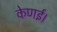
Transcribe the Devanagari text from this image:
केणई।